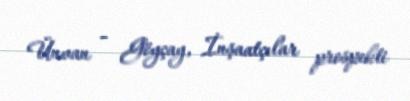
Ünvan - Göyçay, İnşaatçılar prospekti